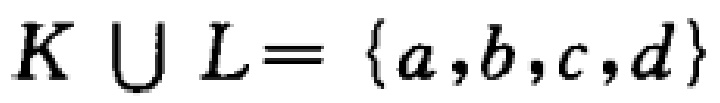
$K \cup L= \{a,b,c,d\}$